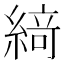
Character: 𦂶